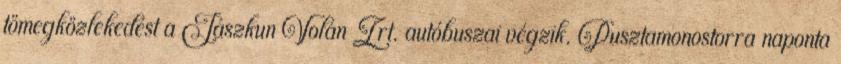
tömegközlekedést a Jászkun Volán Zrt. autóbuszai végzik. Pusztamonostorra naponta